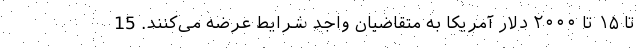
تا ۱۵ تا ۲۰۰۰ دلار آمریکا به متقاضیان واجد شرایط عرضه می‌کنند. 15